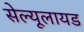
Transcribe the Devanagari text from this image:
सेल्यूलायड